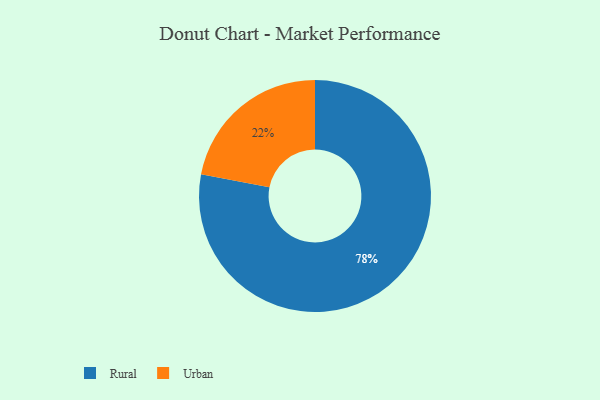
{"axis": {"x": "Category", "y": "Percentage"}, "legend": ["Rural", "Urban"], "data": [{"x": "Urban", "y": 22, "type": "Urban"}, {"x": "Rural", "y": 78, "type": "Rural"}]}